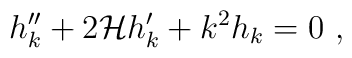
h_k^{\prime\prime} + 2{\cal H}h_k'+k^2h_k    =0 \ ,